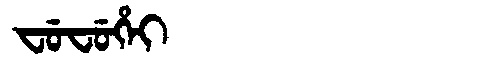
Manchu: ᠸᡠᠸᡠᡥᡝᡳ
Romanization: FUFUHEI